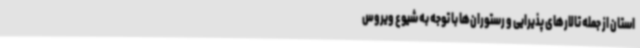
استان از جمله تالارهای پذیرایی و رستوران‌ها با توجه به شیوع ویروس